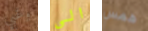
وغبي الى همس